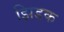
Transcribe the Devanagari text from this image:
झिडक